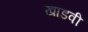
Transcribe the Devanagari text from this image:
खाडवी